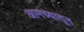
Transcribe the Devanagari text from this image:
आमच्यातून